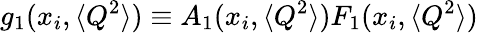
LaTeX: g_{1}(x_{i},\langle Q^{2}\rangle)\equiv A_{1}(x_{i},\langle Q^{2}\rangle)F_{1}(x_{i},\langle Q^{2}\rangle)